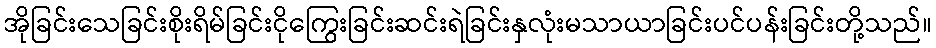
အိုခြင်းသေခြင်းစိုးရိမ်ခြင်းငိုကြွေးခြင်းဆင်းရဲခြင်းနှလုံးမသာယာခြင်းပင်ပန်းခြင်းတို့သည်။